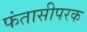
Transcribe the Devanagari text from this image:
फंतासीपरक